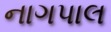
નાગપાલ